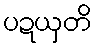
ပဍယှတိ